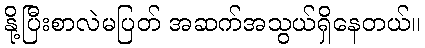
နို့ပြီးစာလဲမပြတ် အဆက်အသွယ်ရှိနေတယ်။